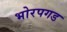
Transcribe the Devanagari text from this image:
भोरपगड